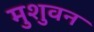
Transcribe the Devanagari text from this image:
मुशुवन